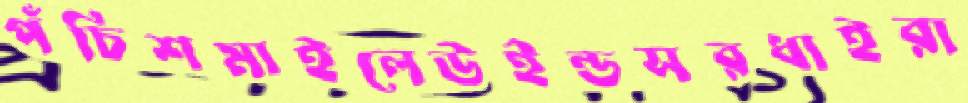
পঁচিশমাইলেউইন্ডসরধাইরা